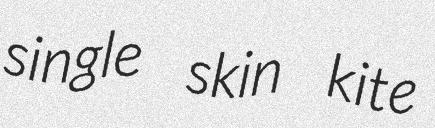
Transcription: single skin kite